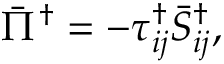
{ { \bar { \Pi } } ^ { \dag } } = - \tau _ { i j } ^ { \dag } \bar { S } _ { i j } ^ { \dag } ,